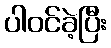
ပါဝင်ခဲ့ပြီး